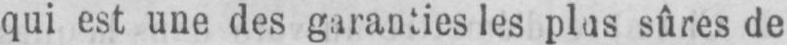
qui est une des garanties les plus sûres de